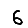
Digit: 6